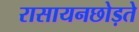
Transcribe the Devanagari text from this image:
रासायनछोड़ते